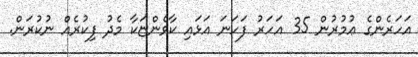
އަހަރެންގެ ޢުމުރުން 35 އަހަރު ފަހަނަ އަޅައި ކާވެންޏަކާ މެދު ފިކުރެއް ނުކުރަން.